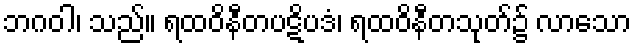
ဘဂဝါ၊ သည်။ ရထဝိနီတပဋိပဒံ၊ ရထဝိနီတသုတ်၌ လာသော